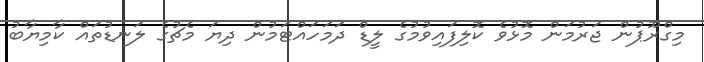
މިގްރޫޕުން ޖަރުމަން މޮޅުވެ ކޮލިފައިވުމުގެ ލީޑް ދަމަހައްޓަމުން ދިޔަ މެޗުގެ ލަނޑުތައް ކާމިޔާބު